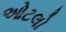
ઓટલો